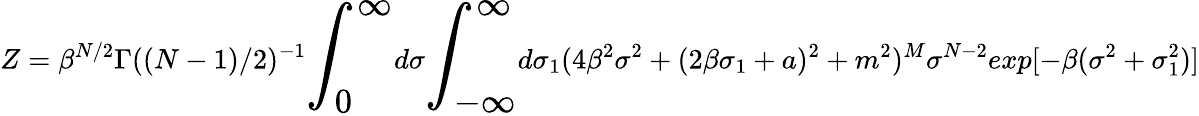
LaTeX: Z=\beta^{N/2}\Gamma((N-1)/2)^{-1}{\LARGE\int_{0}^{\infty}}d\sigma{\LARGE\int_{-\infty}^{\infty}}d\sigma_{1}(4\beta^{2}\sigma^{2}+(2\beta\sigma_{1}+a)^{2}+m^{2})^{M}\sigma^{N-2}exp[-\beta(\sigma^{2}+\sigma_{1}^{2})]